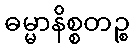
ဓမ္မာနိစ္စတဉ္စ